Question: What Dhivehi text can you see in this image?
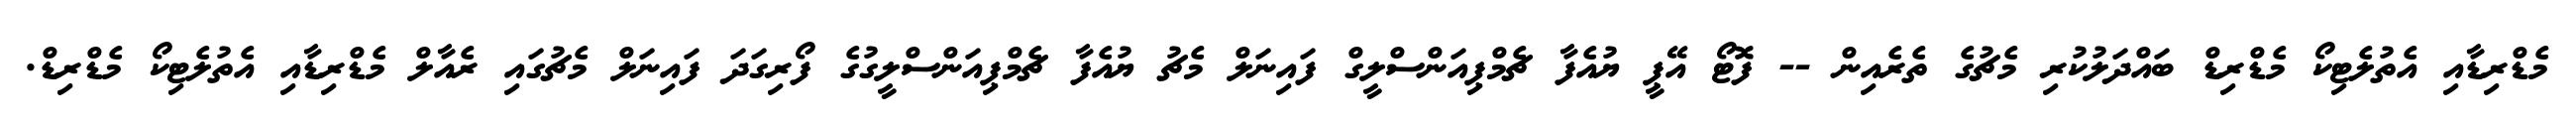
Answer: މެޑްރިޑާއި އެތުލެޓިކޯ މެޑްރިޑް ބައްދަލުކުރި މެޗުގެ ތެރެއިން -- ފޮޓޯ އޭޕީ ޔުއެފާ ޗެމްޕިއަންސްލީގް ފައިނަލް މެޗު ޔުއެފާ ޗެމްޕިއަންސްލީގުގެ ފޯރިގަދަ ފައިނަލް މެޗުގައި ރެއާލް މެޑްރިޑާއި އެތުލެޓިކޯ މެޑްރިޑް.